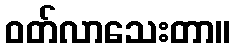
ဝတ်လာသေးတာ။